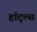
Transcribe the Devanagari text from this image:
हॉट्ल्स